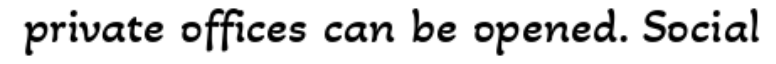
private offices can be opened. Social